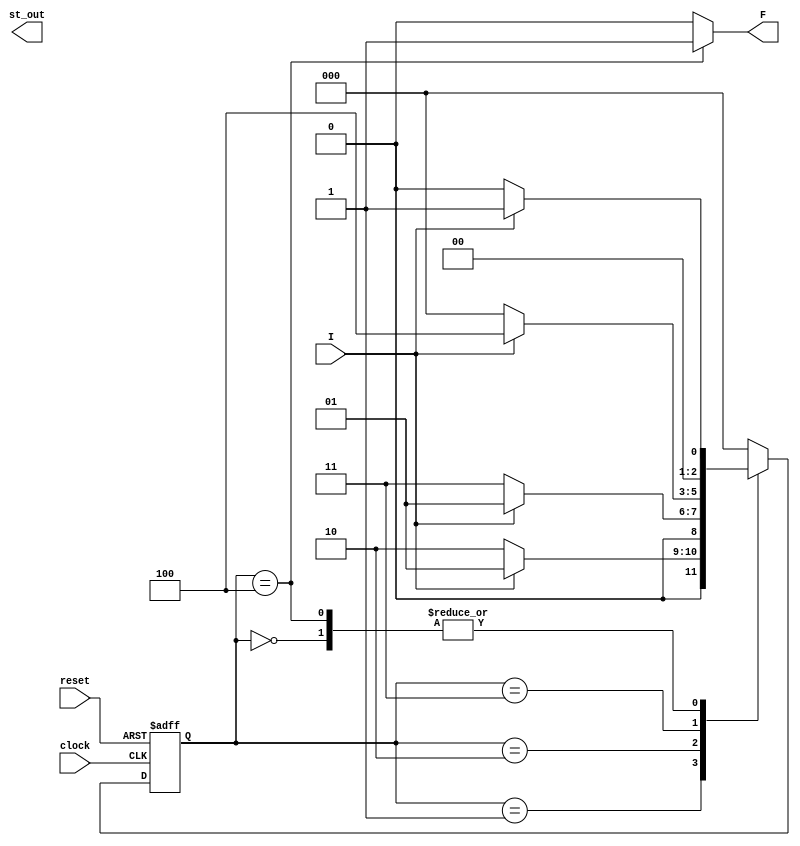
module Lab2FSM(I,clock,reset,F,st_out);
input clock; // clock signal
input reset; // reset input
input I; // binary input
output reg F; // output of the sequence detector
output reg [2:0]st_out;

parameter  S0=3'b000, // "S0" State
  S1=3'b001, // "S1" State
  S2=3'b010, // "S2" State
  S3=3'b011, // "S3" State
  S4=3'b100;// "S4" State
  
reg [2:0] state, next_state; // current state and next state

// sequential memory of the Moore FSM
always @(posedge clock, posedge reset)
begin
 if(reset==1) 
 state <= S0;// when reset=1, reset the state of the FSM to "S0" State
 else
 state <= next_state; // otherwise, next state
end 

// combinational logic of the Moore FSM
// to determine next state 


always @(state,I)
begin
 case(state) 
 S0:begin
  if(I==1)
   next_state = S1;
  else
   next_state = S0;
 end
 S1:begin
  if(I==0)
   next_state = S2;
  else
   next_state = S1;
 end
 S2:begin
  if(I==0)
   next_state = S3;
  else
   next_state = S1;
 end 
 S3:begin
  if(I==0)
   next_state = S0;
  else
   next_state = S4;
 end
 S4:begin
  if(I==0)
   next_state = S0;
  else
   next_state = S1;
 end
 default:next_state = S0;
 endcase
end

// combinational logic to determine the output
// of the Moore FSM, output only depends on current state
always @(state)
begin 
 case(state) 
 S0:   F = 0;
 S0: st_out = 3'b000;
 S1:   F = 0;
 S1: st_out = 3'b001;
 S2:  F = 0;
 S2: st_out = 3'b010;
 S3:  F = 0;
 S3: st_out = 3'b011;
 S4:  F = 1;
 S4: st_out = 3'b100;
 default:  F = 0;
 endcase
end 
endmodule